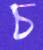
চ